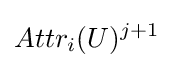
Attr_{i}(U)^{j+1}